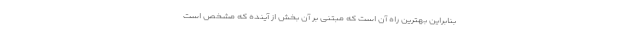
بنابراین بهترین راه آن است که مبتنی بر آن بخش از آینده که مشخص است